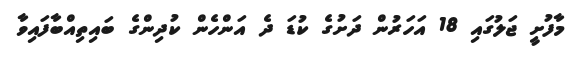
މާފުށީ ޖަލުގައި 18 އަހަރުން ދަށުގެ ކުޑަ ދެ އަންހެން ކުދިންގެ ބައިތިއްބާފައިވާ